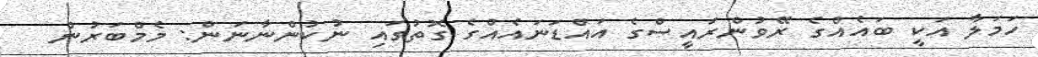
ހަމަލާ އަކީ ބައެއްގެ ރޭވުންރައީސްގެ އައްޑަނައެއްގެ ގޮތުގައި ނުކުންނާނަން: މެމްބަރުން